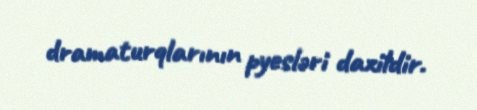
dramaturqlarının pyesləri daxildir.